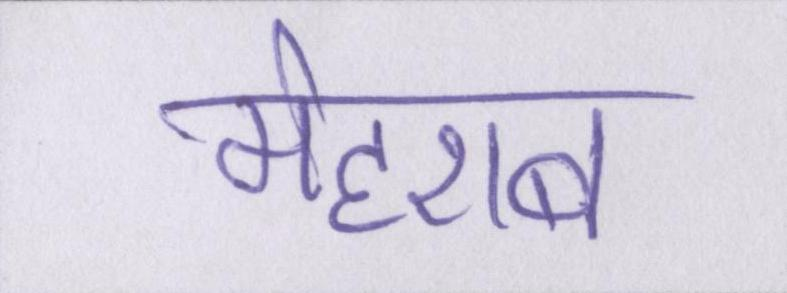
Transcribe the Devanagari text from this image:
मेहराब